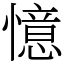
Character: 憶